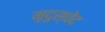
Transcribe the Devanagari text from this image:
मृदुस्वेद